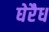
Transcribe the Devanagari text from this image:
घेरैध